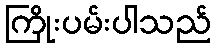
ကြိုးပမ်းပါသည်